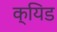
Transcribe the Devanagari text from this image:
क्यिड